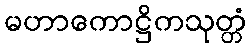
မဟာကောဋ္ဌိကသုတ္တံ